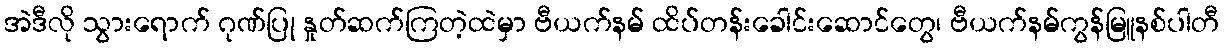
အဲဒီလို သွားရောက် ဂုဏ်ပြု နှုတ်ဆက်ကြတဲ့ထဲမှာ ဗီယက်နမ် ထိပ်တန်းခေါင်းဆောင်တွေ၊ ဗီယက်နမ်ကွန်မြူနစ်ပါတီ